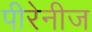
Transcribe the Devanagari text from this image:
पीरेनीज